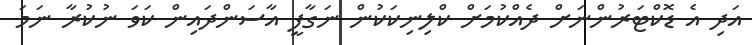
އަދި އެ ޑޮކްޓަރުންނަށް ދެއްކުމަށް ކްލިނިކަކުން ނަގާފީ އާސަންދައިން ކަވަ ނުކުރާ ނަމަ